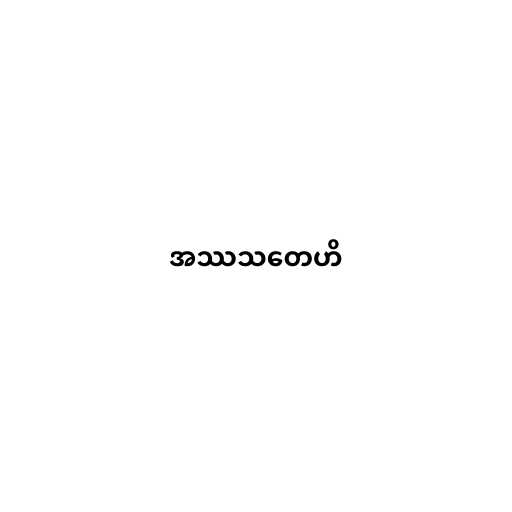
အဿသတေဟိ